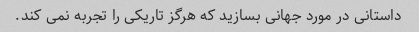
داستانی در مورد جهانی بسازید که هرگز تاریکی را تجربه نمی کند.